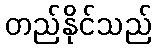
တည်နိုင်သည်